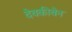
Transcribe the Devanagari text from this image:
देवकीबेन